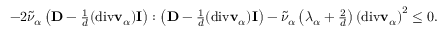
\begin{array} { r } { - 2 \tilde { \nu } _ { \alpha } \left( \mathbf { D } - \frac { 1 } { d } ( \mathrm { d i v } \mathbf { v } _ { \alpha } ) \mathbf { I } \right) : \left( \mathbf { D } - \frac { 1 } { d } ( \mathrm { d i v } \mathbf { v } _ { \alpha } ) \mathbf { I } \right) - \tilde { \nu } _ { \alpha } \left( \lambda _ { \alpha } + \frac { 2 } { d } \right) \left( \mathrm { d i v } \mathbf { v } _ { \alpha } \right) ^ { 2 } \leq 0 . } \end{array}